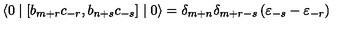
\langle 0 \mid \left[ b _ { m + r } c _ { - r } , b _ { n + s } c _ { - s } \right] \mid 0 \rangle = { \delta } _ { m + n } { \delta } _ { m + r - s } \left( { \varepsilon } _ { - s } - { \varepsilon } _ { - r } \right)